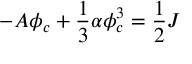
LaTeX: - { \cal A } \phi _ { c } + \frac { 1 } { 3 } \alpha \phi _ { c } ^ { 3 } = \frac { 1 } { 2 } J